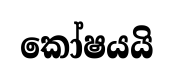
කෝෂයයි